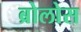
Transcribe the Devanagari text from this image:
ब्रोलोस